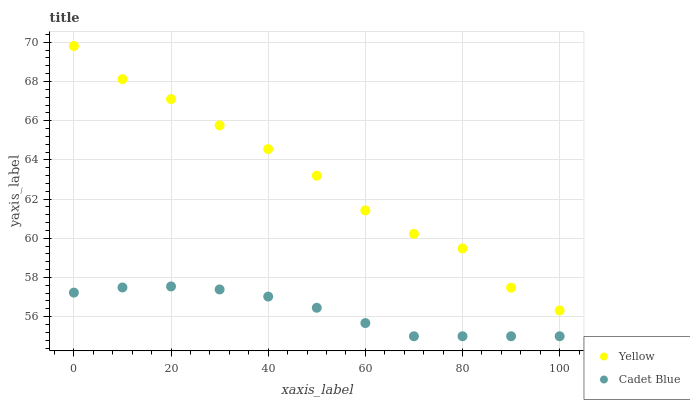
| xaxis_label | Yellow | Cadet Blue |
 | --- | --- | --- |
 | 0 | 69.8 | 57.2 |
 | 10 | 68.1 | 57.5 |
 | 20 | 67.1 | 57.5 |
 | 30 | 65.8 | 57.4 |
 | 40 | 64.6 | 57 |
 | 50 | 63.2 | 56.5 |
 | 60 | 61.4 | 55.7 |
 | 70 | 60.2 | 55 |
 | 80 | 59.5 | 55 |
 | 90 | 57.5 | 55 |
 | 100 | 56.3 | 55 |